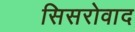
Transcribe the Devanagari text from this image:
सिसरोवाद